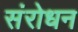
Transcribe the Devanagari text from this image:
संरोधन